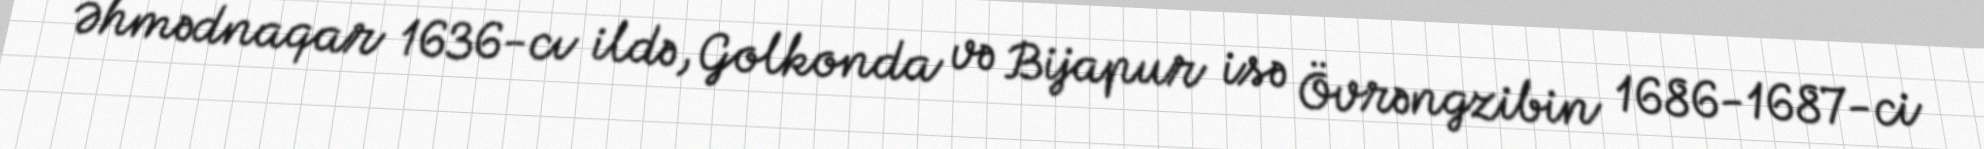
Əhmədnaqar 1636-cı ildə, Golkonda və Bijapur isə Övrəngzibin 1686-1687-ci